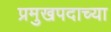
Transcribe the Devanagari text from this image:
प्रमुखपदाच्या